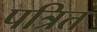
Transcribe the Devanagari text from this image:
पत्रित